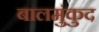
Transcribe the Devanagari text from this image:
बालमुंकुद